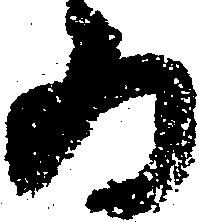
為